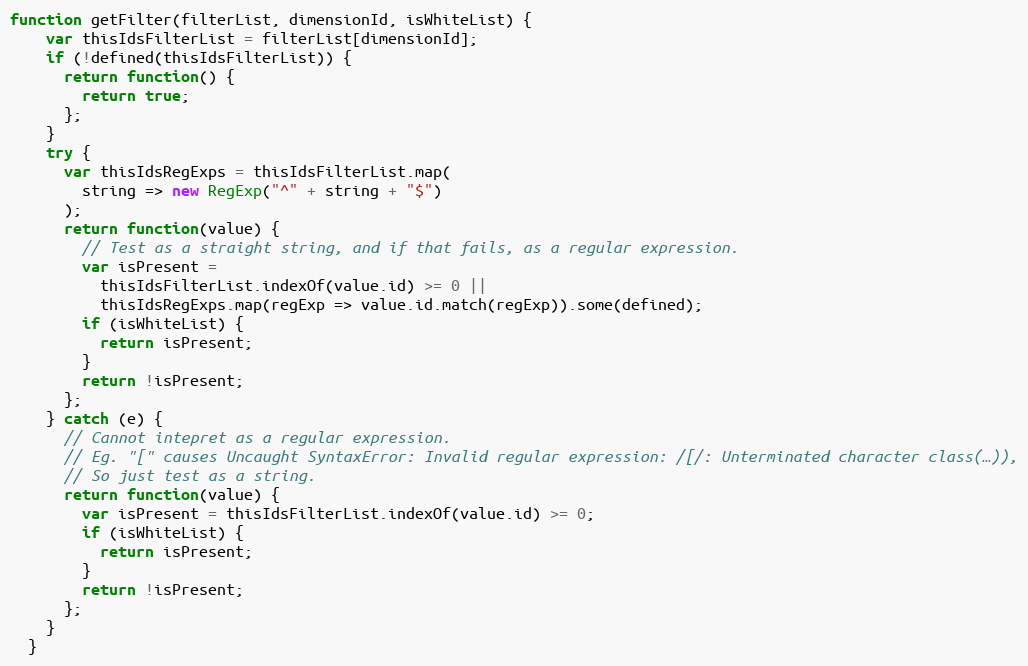
Language: JavaScript
function getFilter(filterList, dimensionId, isWhiteList) {
    var thisIdsFilterList = filterList[dimensionId];
    if (!defined(thisIdsFilterList)) {
      return function() {
        return true;
      };
    }
    try {
      var thisIdsRegExps = thisIdsFilterList.map(
        string => new RegExp("^" + string + "$")
      );
      return function(value) {
        // Test as a straight string, and if that fails, as a regular expression.
        var isPresent =
          thisIdsFilterList.indexOf(value.id) >= 0 ||
          thisIdsRegExps.map(regExp => value.id.match(regExp)).some(defined);
        if (isWhiteList) {
          return isPresent;
        }
        return !isPresent;
      };
    } catch (e) {
      // Cannot intepret as a regular expression.
      // Eg. "[" causes Uncaught SyntaxError: Invalid regular expression: /[/: Unterminated character class(…)),
      // So just test as a string.
      return function(value) {
        var isPresent = thisIdsFilterList.indexOf(value.id) >= 0;
        if (isWhiteList) {
          return isPresent;
        }
        return !isPresent;
      };
    }
  }